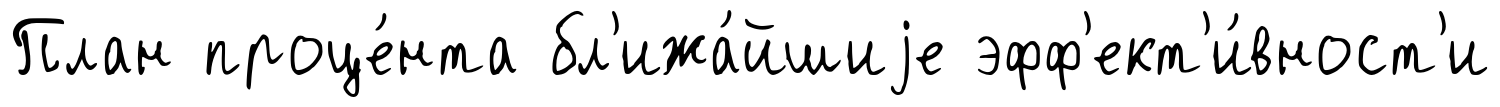
План проце́нта бл'ижа́йшиjе эфф'ект'и́вност'и